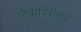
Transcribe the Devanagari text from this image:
जैवाविरोधाके